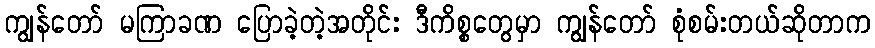
ကျွန်တော် မကြာခဏ ပြောခဲ့တဲ့အတိုင်း ဒီကိစ္စတွေမှာ ကျွန်တော် စုံစမ်းတယ်ဆိုတာက